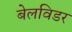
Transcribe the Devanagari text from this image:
बेलविडर